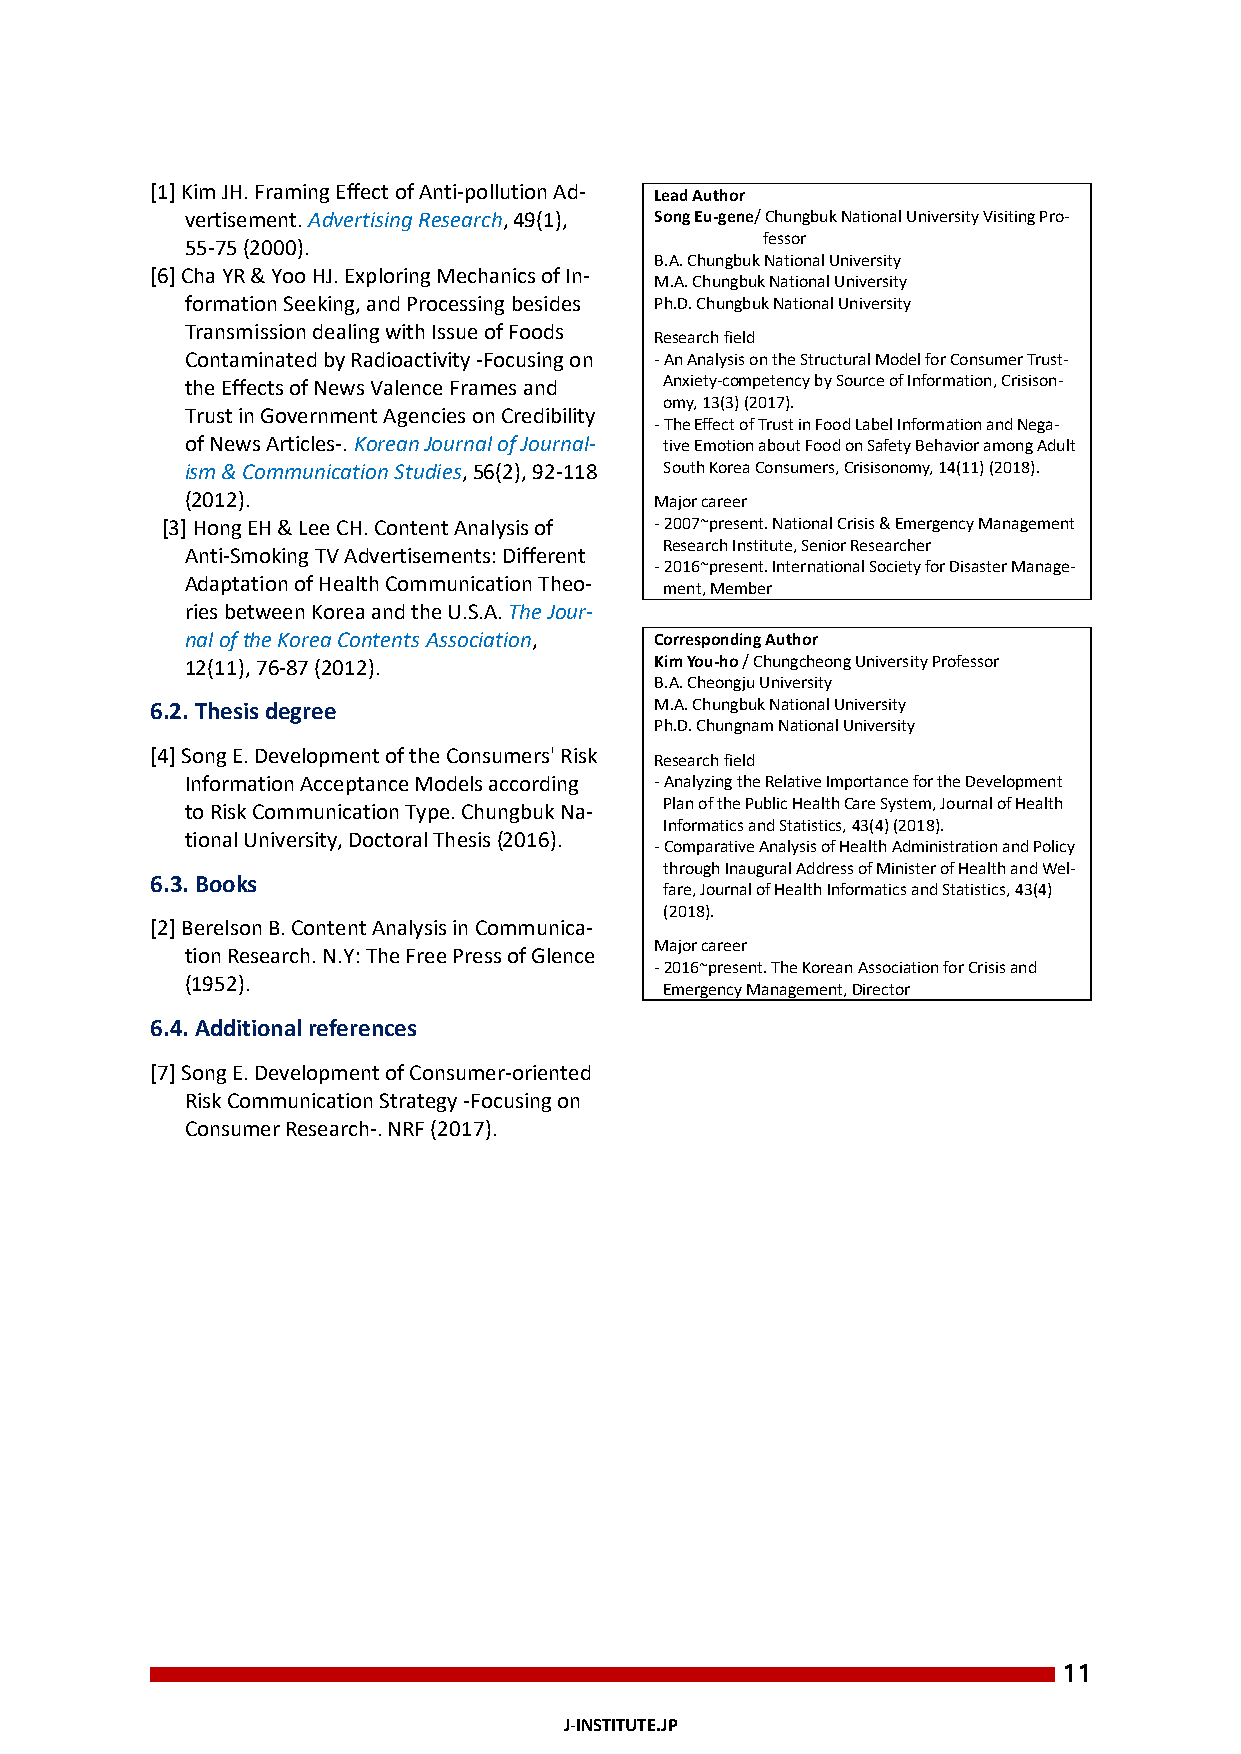
[1] Kim JH. Framing Effect of Anti-pollution Ad- Lead Author
 vertisement. Advertising Research, 49(1), Song Eu-gene/ Chungbuk National University Visiting Pro-
 fessor
 55-75 (2000).
 B.A. Chungbuk National University
 [6] Cha YR & Yoo HJ. Exploring Mechanics of In-
 M.A. Chungbuk National University
 formation Seeking, and Processing besides Ph.D. Chungbuk National University
 Transmission dealing with Issue of Foods
 Research field
 Contaminated by Radioactivity -Focusing on - An Analysis on the Structural Model for Consumer Trust-
 the Effects of News Valence Frames and Anxiety-competency by Source of Information, Crisison-
 omy, 13(3) (2017).
 Trust in Government Agencies on Credibility
 - The Effect of Trust in Food Label Information and Nega-
 of News Articles-. Korean Journal of Journal- tive Emotion about Food on Safety Behavior among Adult
 ism & Communication Studies, 56(2), 92-118 South Korea Consumers, Crisisonomy, 14(11) (2018).
 (2012).                        Major career
 [3] Hong EH & Lee CH. Content Analysis of - 2007~present. National Crisis & Emergency Management
 Research Institute, Senior Researcher
 Anti-Smoking TV Advertisements: Different
 - 2016~present. International Society for Disaster Manage-
 Adaptation of Health Communication Theo-
 ment, Member
 ries between Korea and the U.S.A. The Jour-
 nal of the Korea Contents Association, Corresponding Author
 12(11), 76-87 (2012).          Kim You-ho / Chungcheong University Professor
 B.A. Cheongju University
 6.2. Thesis degree               M.A. Chungbuk National University
 Ph.D. Chungnam National University
 [4] Song E. Development of the Consumers' Risk
 Research field
 Information Acceptance Models according - Analyzing the Relative Importance for the Development
 to Risk Communication Type. Chungbuk Na- Plan of the Public Health Care System, Journal of Health
 Informatics and Statistics, 43(4) (2018).
 tional University, Doctoral Thesis (2016).
 - Comparative Analysis of Health Administration and Policy
 through Inaugural Address of Minister of Health and Wel-
 6.3. Books
 fare, Journal of Health Informatics and Statistics, 43(4)
 (2018).
 [2] Berelson B. Content Analysis in Communica-
 Major career
 tion Research. N.Y: The Free Press of Glence
 - 2016~present. The Korean Association for Crisis and
 (1952).
 Emergency Management, Director
 6.4. Additional references
 [7] Song E. Development of Consumer-oriented
 Risk Communication Strategy -Focusing on
 Consumer Research-. NRF (2017).
 11
 J-INSTITUTE.JP